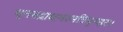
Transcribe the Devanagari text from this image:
धृतरुद्राक्षभस्मत्रिपुण्ड्रः।